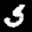
Label: 5